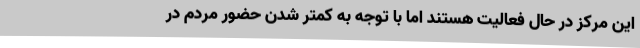
این مرکز در حال فعالیت هستند اما با توجه به کمتر شدن حضور مردم در